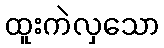
ထူးကဲလှသော